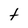
Character: t